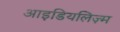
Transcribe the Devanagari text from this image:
आइडियलिज़्म